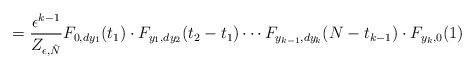
LaTeX: \begin{align*}=\frac{\epsilon^{k-1}}{Z_{\epsilon,\hat{N}}} F_{0,dy_1}(t_1)\cdot F_{y_1,dy_2}(t_2-t_1)\cdots F_{y_{k-1},dy_k}(N-t_{k-1})\cdot F_{y_k,{0}}(1)\end{align*}